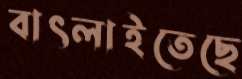
বাৎলাইতেছে